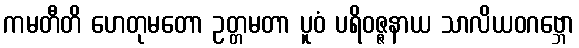
ကမတီတိ ဟေတုမတော ဥတ္တမတာ ပူဝံ ပရိဝဇ္ဇနာယ သာလိယဝဂဗ္ဘော